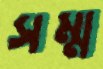
সম্ম